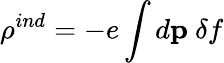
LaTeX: \rho^{ind}=-e\int d{\mathbf p}\ \delta f